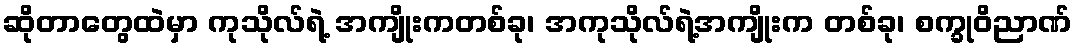
ဆိုတာတွေထဲမှာ ကုသိုလ်ရဲ့ အကျိုးကတစ်ခု၊ အကုသိုလ်ရဲ့အကျိုးက တစ်ခု၊ စက္ခုဝိညာဏ်